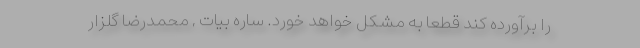
را برآورده کند قطعا به مشکل خواهد خورد. ساره بیات , محمدرضا گلزار